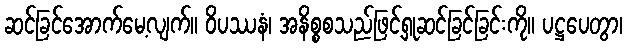
ဆင်ခြင်အောက်မေ့လျက်။ ဝိပဿနံ၊ အနိစ္စစသည်ဖြင့်ရှုဆင်ခြင်ခြင်းကို။ ပဋ္ဌပေတွာ၊